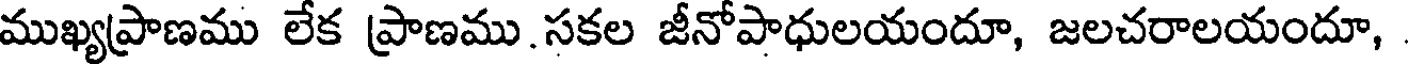
ముఖ్యప్రాణము లేక ప్రాణము.సకల జీనోపాధులయందూ, జలచరాలయందూ,